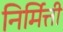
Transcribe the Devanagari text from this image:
निर्मित्ती